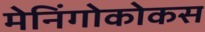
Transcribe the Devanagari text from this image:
मेनिंगोकोकस